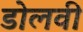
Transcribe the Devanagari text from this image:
डोलवी